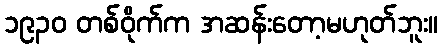
၁၉၃၀ တစ်ဝိုက်က အဆန်းတော့မဟုတ်ဘူး။